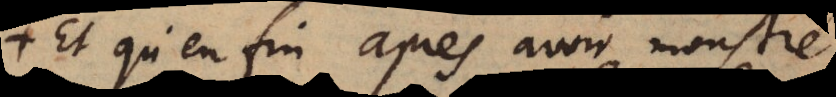
Et qu’enfin après avoir monstré